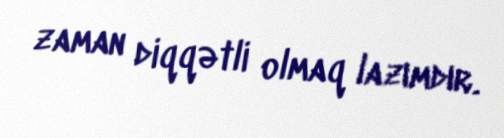
zaman diqqətli olmaq lazımdır.